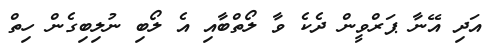
އަދި އޭނާ ޕަރްވީން ދެކެ ވާ ލޯތްބާއި އެ ލޯބި ނުލިބިގެން ހިތް